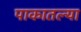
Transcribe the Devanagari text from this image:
पाकातल्या